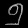
Digit: ၅